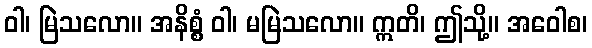
ဝါ၊ မြဲသလော။ အနိစ္စံ ဝါ၊ မမြဲသလော။ ဣတိ၊ ဤသို့။ အဝေါစ၊